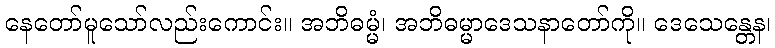
နေတော်မူသော်လည်းကောင်း။ အဘိဓမ္မံ၊ အဘိဓမ္မာဒေသနာတော်ကို။ ဒေသေန္တေန၊